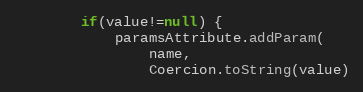
Language: Java
		if(value!=null) {
			paramsAttribute.addParam(
				name,
				Coercion.toString(value)